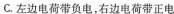
C.左边电荷带负电，右边电荷带正电